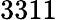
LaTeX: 3311